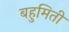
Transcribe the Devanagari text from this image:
बहुमिती